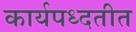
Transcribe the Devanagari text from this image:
कार्यपध्दतीत